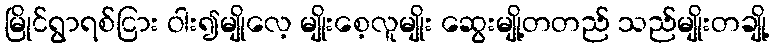
မြိုင်ရွာရစ်ငြား ဝါး၍မျိုလေ့ မျိုးစေ့လူမျိုး ဆွေးမျို့တတည် သည်မျိုးတချို့